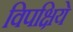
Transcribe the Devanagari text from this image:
विपक्षिये